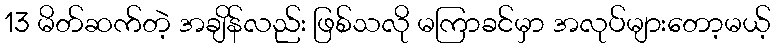
13 မိတ်ဆက်တဲ့ အချိန်လည်း ဖြစ်သလို မကြာခင်မှာ အလုပ်များတော့မယ့်